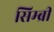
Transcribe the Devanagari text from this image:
सिम्ब्री